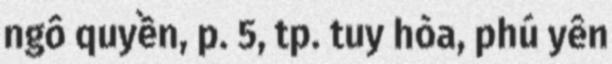
ngô quyền, p. 5, tp. tuy hòa, phú yên